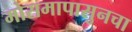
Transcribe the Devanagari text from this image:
मोसमापासुनचा